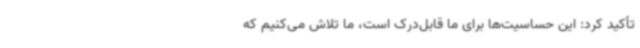
تأکید کرد: این حساسیت‌ها برای ما قابل‌درک است، ما تلاش می‌کنیم که